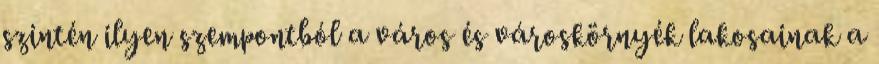
szintén ilyen szempontból a város és városkörnyék lakosainak a